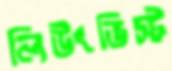
লিউংভিস্ট